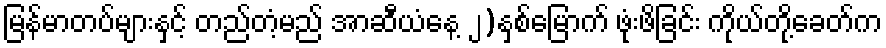
မြန်မာတပ်များနှင့် တည်တံ့မည် အာဆီယံနေ့ ၂)နှစ်မြောက် ဖုံးဖိခြင်း ကိုယ်တို့ခေတ်က